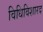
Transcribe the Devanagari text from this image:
विधिविशारद